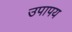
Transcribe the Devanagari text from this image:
उपापय